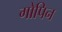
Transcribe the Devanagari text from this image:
गोपिन